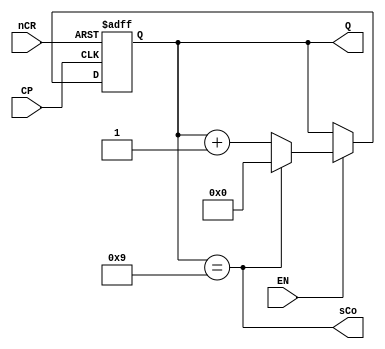
module Counter10(
	input CP, nCR, EN,
	output reg [3:0] Q,
	output sCo
);
	always @(posedge CP or negedge nCR)
	begin
		if (~nCR) Q<=4'h0;
		else if (~EN) Q<=Q;
		else if (Q==4'h9) Q<=4'h0;
		else Q<=Q+1'b1;
	end
	assign sCo=Q==4'h9;
endmodule

module Counter6(
	input CP, nCR, EN,
	output reg [3:0] Q,
	output sCo
);
	always @(posedge CP or negedge nCR)
	begin
		if (~nCR) Q<=4'h0;
		else if (~EN) Q<=Q;
		else if (Q==4'h5) Q<=4'h0;
		else Q<=Q+1'b1;
	end
	assign sCo=Q==4'h5;
endmodule

module Counter2(
	input CP, nCR, EN,
	output reg [3:0] Q,
	output sCo
);
	always @(posedge CP or negedge nCR)
	begin
		if (~nCR) Q<=4'h0;
		else if (~EN) Q<=Q;
		else if (Q==4'h1) Q<=4'h0;
		else Q<=Q+1'b1;
	end
	assign sCo=Q==4'h1;
endmodule

module Counter60(
	input CP, nCR, EN,
	output [3:0] qh, ql,
	output sCo
);
	wire EN_H, NU;
	Counter10 U0(CP, nCR, EN, ql, EN_H);
	Counter6 U1(CP, nCR, EN_H, qh, NU);
	assign sCo = {qh, ql}==8'h59;
endmodule

module Counter12(
	input CP, nCR, EN,
	output reg [3:0] qh, ql
);
	always @ (posedge CP or negedge nCR)
	begin
		if (~nCR) {qh,ql}<=8'h00;
		else if (~EN){qh,ql}<={qh,ql};
		else if ((qh>1||ql>9)||((qh==1)&&(ql>=1))) {qh,ql}<=8'h00;
		else if ((qh==1)&&(ql<1))begin
			qh<=qh; ql<=ql+1'b1;
		end
		else if (ql==9) begin
			qh<=qh+1'b1; ql<=4'h0;
		end
		else begin
			qh<=qh; ql<=ql+1'b1;
		end
	end
endmodule